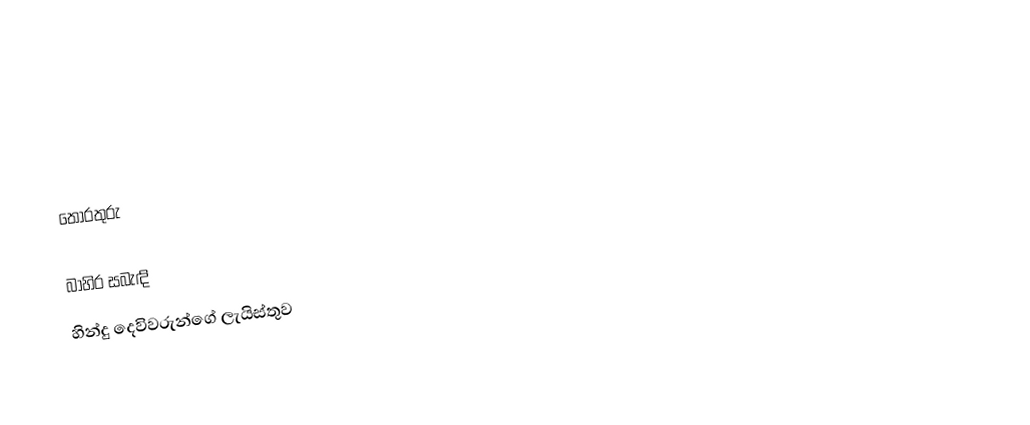

තොරතුරු

බාහිර සබැඳි
හින්දු දෙවිවරුන්ගේ ලැයිස්තුව